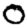
Digit: 0